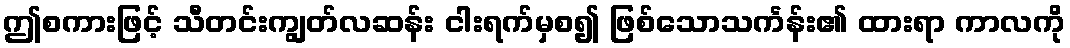
ဤစကားဖြင့် သီတင်းကျွတ်လဆန်း ငါးရက်မှစ၍ ဖြစ်သောသင်္ကန်း၏ ထားရာ ကာလကို